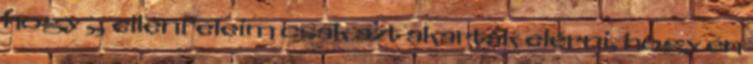
hogy „ ellenfeleim csak azt akarták elérni, hogy én